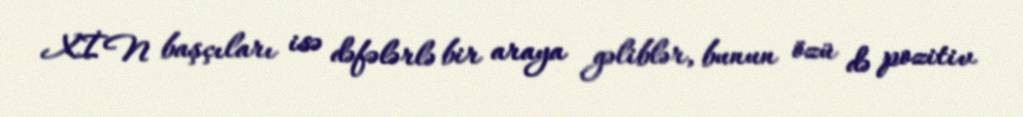
XİN başçıları isə dəfələrlə bir araya gəliblər, bunun özü də pozitiv